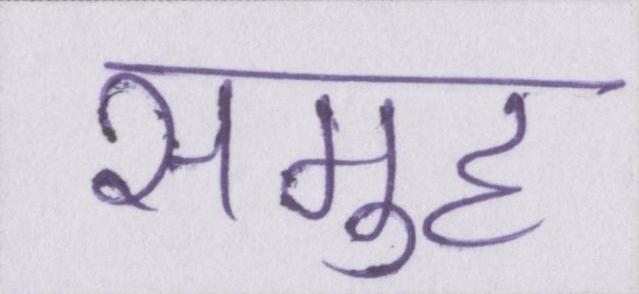
समुह